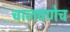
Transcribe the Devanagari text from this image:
चालवणेच